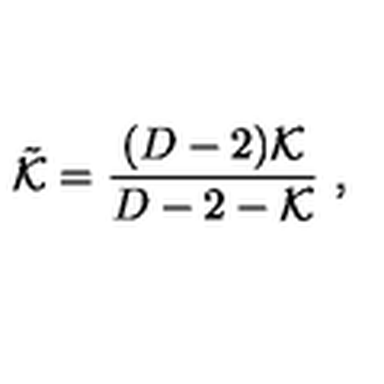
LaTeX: \tilde { { \cal K } } = \frac { ( D - 2 ) { \cal K } } { D - 2 - { \cal K } } \ ,